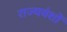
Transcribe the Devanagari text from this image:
राज्यवंशों